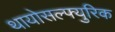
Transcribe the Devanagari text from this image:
थायोसल्फ्युरिक